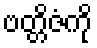
ဗတ္တိဇံကို